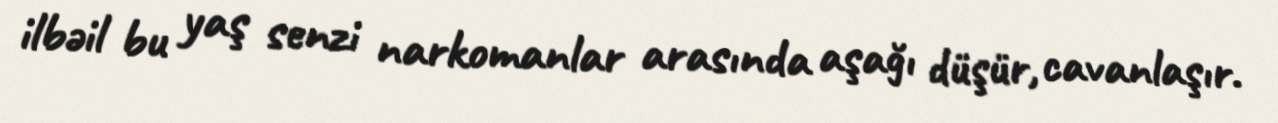
ilbəil bu yaş senzi narkomanlar arasında aşağı düşür, cavanlaşır.